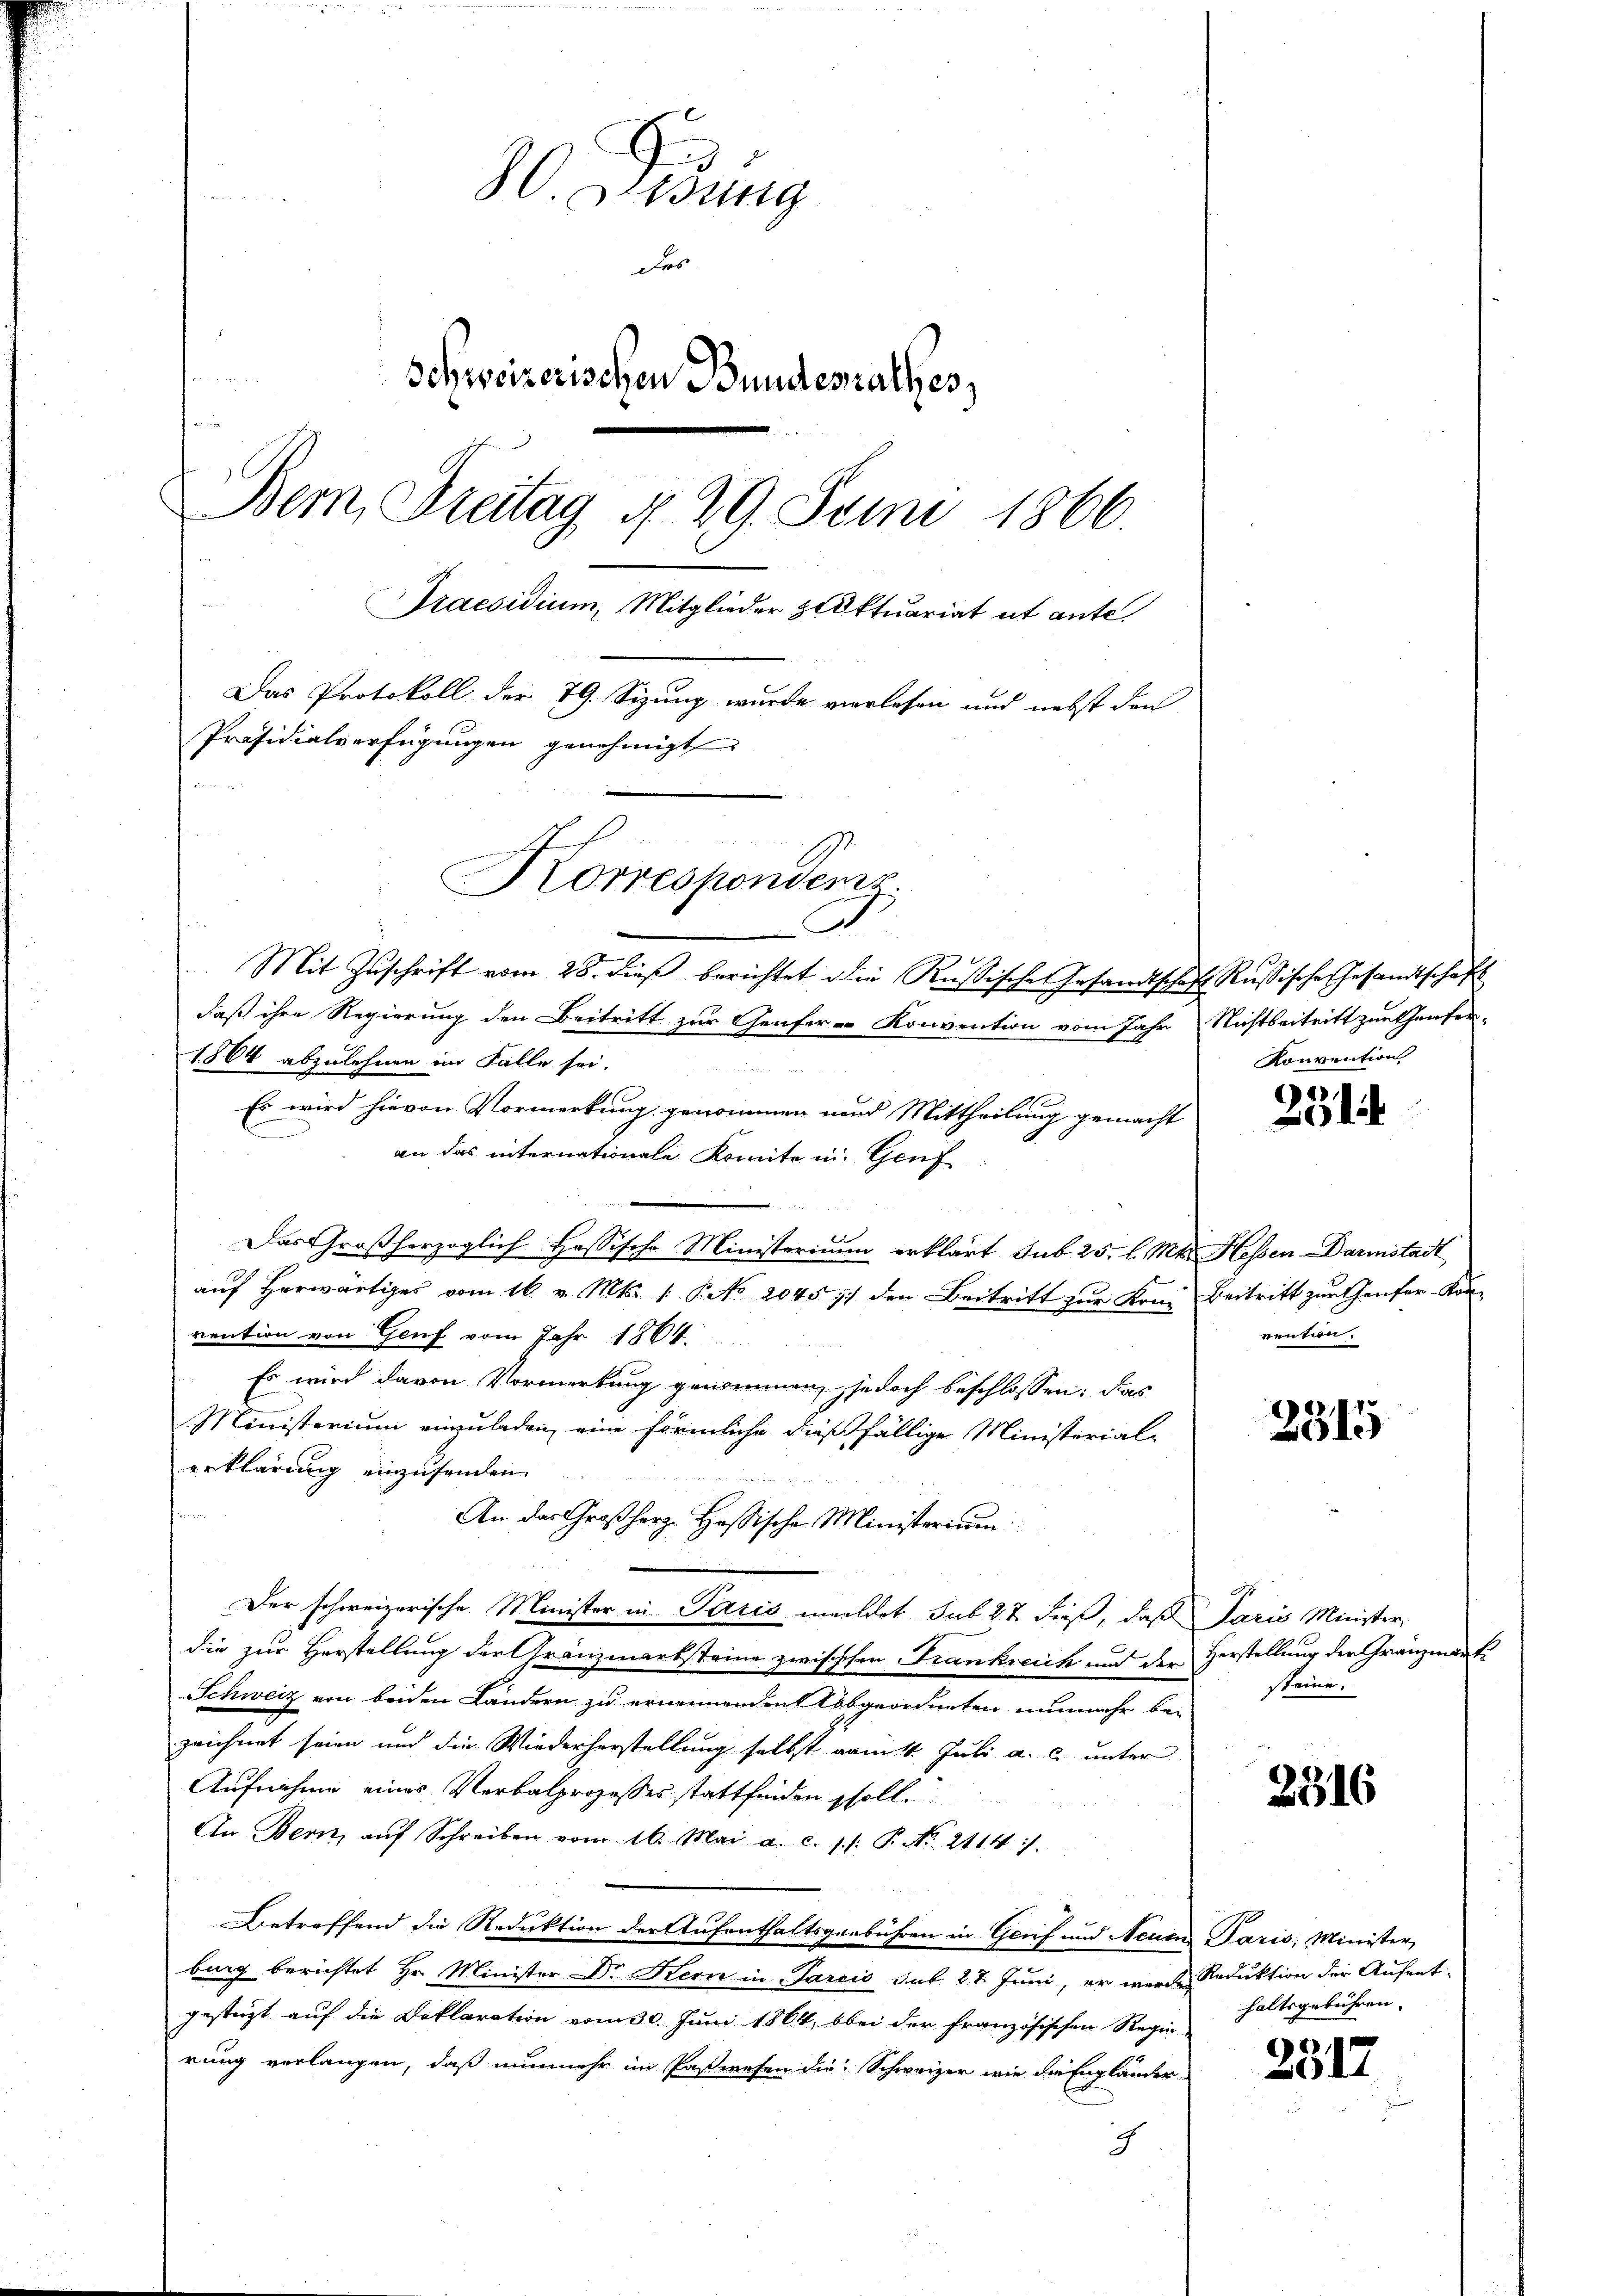
H. Gesung
Das
u
Schweizerischen Bundesrathes,
f
Bem, Freitag d. 29. Juni 1866.
¬
Praesidium, Mitglieder Aktuariat et ante¬
Das Protokoll der 79. Sizung wurde verlesen und nebst den
Präsidialverfügŭngen genehmigt
win
Korrespondens
D.
Mit Zuschrift vom 28. dieß berichtet die Rußische Gesandtschaft Rußische Gesandtschaft

daß ihre Regierung den Beitritt zur Genfer- Konvention vom Jahr Nichtbeitritt zur theuser-
1864 abzulehnen im Falle sei.
Es wird hievon Vormerkung genommen und Mittheilung gemacht
an das internationale Komite in Genf
Das Großherzoglich Hassische Ministerium erklärt sub 25. l. Mts. Hessen Darmstadt
auf herwärtiges vom 16. v. Mts. 1 P. No 2045 77 den Beitritt zur Kom Beitritt zur Genfer-Konvention von Genf vom Jahr 1864.
Es wird davon Vormerkung genommen, jedoch beschlossen: das
Ministerium einzuladen, eine förmliche dießfällige Ministerialerklärung einzusenden.
An das Großherz. Hassische Ministerium.
Der schweizerische Minister in Paris meldet sub 27 dieß, daß Paris Minister
die zur Herstellung der Gränzmarksteine zwischten Frankreich und der Herstellung der Gränzmant-
Schweiz von beiden Ländern zu ernennenden Abgeordneten nunmehr be-
zeichnet seien und die Wiederherstellung selbst vom 4. Juli a. c. unter
Aufnahme eines Verbalprozesses stattfinden soll.
An Bern, aŭf Schreiben vom 16. Mai a. c. 1. P. No. 2114).

Betreffend die Reduktion der Aufenthaltsgebühren in Grief und Neuen Paris, Minister,
burg berichtet Hr. Minister Dr Kern in Parcis sub. 27. Juni, er werde Reduktion der Aufent-
gesteht auf die Deklaration vom 30. Juni 1864, bei der Französischen Regierung verlangen, daß nunmehr im Paßwesen die Schweizer wie die Engländer-
5

Konvention

231

renten.

2315

steine.

2316

haltsgebühren.

2517